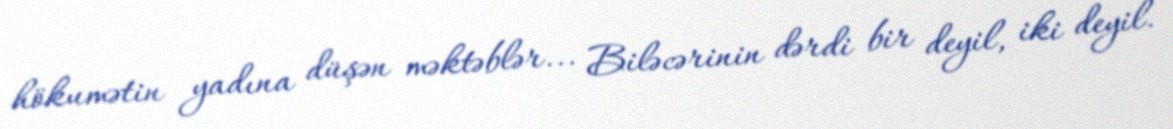
hökumətin yadına düşən məktəblər... Biləcərinin dərdi bir deyil, iki deyil.